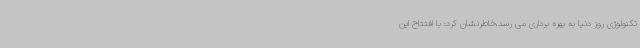
تکنولوژی روز دنیا به بهره برداری می رسد،خاطرنشان کرد: با افتتاح این